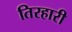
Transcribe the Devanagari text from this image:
तिरहारी